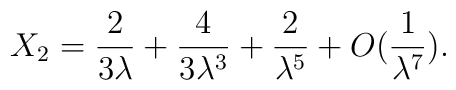
X_2 = {2 \over 3\lambda} + {4 \over 3\lambda^3} + {2 \over \lambda^5}+ O({1 \over \lambda^7}).